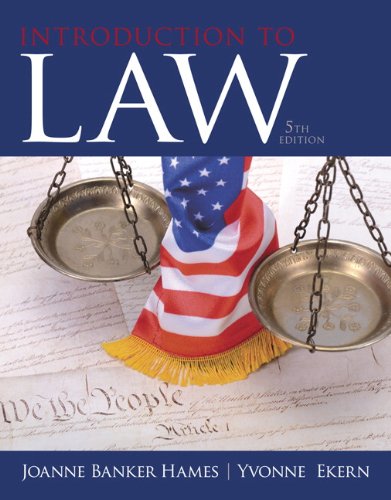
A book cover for Introduction to Law (5th Edition); Joanne B. Hames; Law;